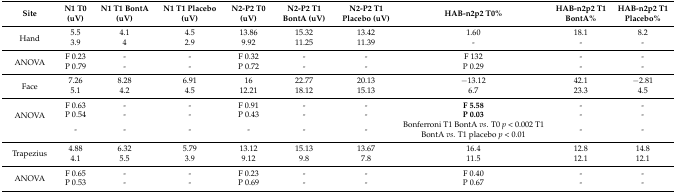
<table><thead><tr><td><b>Site</b></td><td><b>N1 T0 (uV)</b></td><td><b>N1 T1 BontA (uV)</b></td><td><b>N1 T1 Placebo (uV)</b></td><td><b>N2-P2 T0 (uV)</b></td><td><b>N2-P2 T1 BontA (uV)</b></td><td><b>N2-P2 T1 Placebo (uV)</b></td><td><b>HAB-n2p2 T0%</b></td><td><b>HAB-n2p2 T1 BontA%</b></td><td><b>HAB-n2p2 T1 Placebo%</b></td></tr></thead><tbody><tr><td rowspan="2">Hand</td><td>5.5</td><td>4.1</td><td>4.5</td><td>13.86</td><td>15.32</td><td>13.42</td><td>1.60</td><td>18.1</td><td>8.2</td></tr><tr><td>3.9</td><td>4</td><td>2.9</td><td>9.92</td><td>11.25</td><td>11.39</td><td>-</td><td>-</td><td>-</td></tr><tr><td rowspan="2">ANOVA</td><td>F 0.23</td><td>-</td><td>-</td><td>F 0.32</td><td>-</td><td>-</td><td>F 132</td><td>-</td><td>-</td></tr><tr><td>P 0.79</td><td>-</td><td>-</td><td>P 0.72</td><td>-</td><td>-</td><td>P 0.29</td><td>-</td><td>-</td></tr><tr><td rowspan="2">Face</td><td>7.26</td><td>8.28</td><td>6.91</td><td>16</td><td>22.77</td><td>20.13</td><td>−13.12</td><td>42.1</td><td>−2.81</td></tr><tr><td>5.1</td><td>4.2</td><td>4.5</td><td>12.21</td><td>18.12</td><td>15.13</td><td>6.7</td><td>23.3</td><td>4.5</td></tr><tr><td rowspan="3">ANOVA</td><td>F 0.63</td><td>-</td><td>-</td><td>F 0.91</td><td>-</td><td>-</td><td><b>F 5.58</b></td><td>-</td><td>-</td></tr><tr><td>P 0.54</td><td>-</td><td>-</td><td>P 0.43</td><td>-</td><td>-</td><td><b>P 0.03</b></td><td>-</td><td>-</td></tr><tr><td>-</td><td>-</td><td>-</td><td>-</td><td>-</td><td>-</td><td>Bonferroni T1 BontA <i>vs</i>. T0 <i>p</i> &lt; 0.002 T1 BontA <i>vs</i>. T1 placebo <i>p</i> &lt; 0.01</td><td>-</td><td>-</td></tr><tr><td rowspan="2">Trapezius</td><td>4.88</td><td>6.32</td><td>5.79</td><td>13.12</td><td>15.13</td><td>13.67</td><td>16.4</td><td>12.8</td><td>14.8</td></tr><tr><td>4.1</td><td>5.5</td><td>3.9</td><td>9.12</td><td>9.8</td><td>7.8</td><td>11.5</td><td>12.1</td><td>12.1</td></tr><tr><td rowspan="2">ANOVA</td><td>F 0.65</td><td>-</td><td>-</td><td>F 0.23</td><td>-</td><td>-</td><td>F 0.40</td><td>-</td><td>-</td></tr><tr><td>P 0.53</td><td>-</td><td>-</td><td>P 0.69</td><td>-</td><td>-</td><td>P 0.67</td><td>-</td><td>-</td></tr></tbody></table>